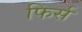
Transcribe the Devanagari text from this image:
फिर्स